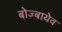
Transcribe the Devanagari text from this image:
बोज्बायेव